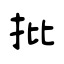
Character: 批